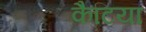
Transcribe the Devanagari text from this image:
कैटिया